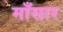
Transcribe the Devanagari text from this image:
माँसार